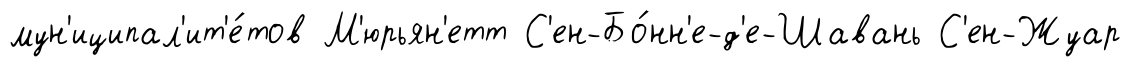
мун'иципал'ит'е́тов М'юрьян'етт С'ен-Бо́нн'е-д'е-Шавань С'ен-Жуар